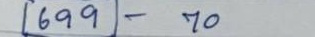
699 - 70